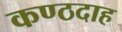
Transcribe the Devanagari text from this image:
कण्ठदाह